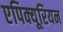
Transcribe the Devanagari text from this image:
एपिक्यूरियन